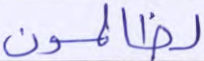
لظالمون